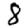
Digit: 8